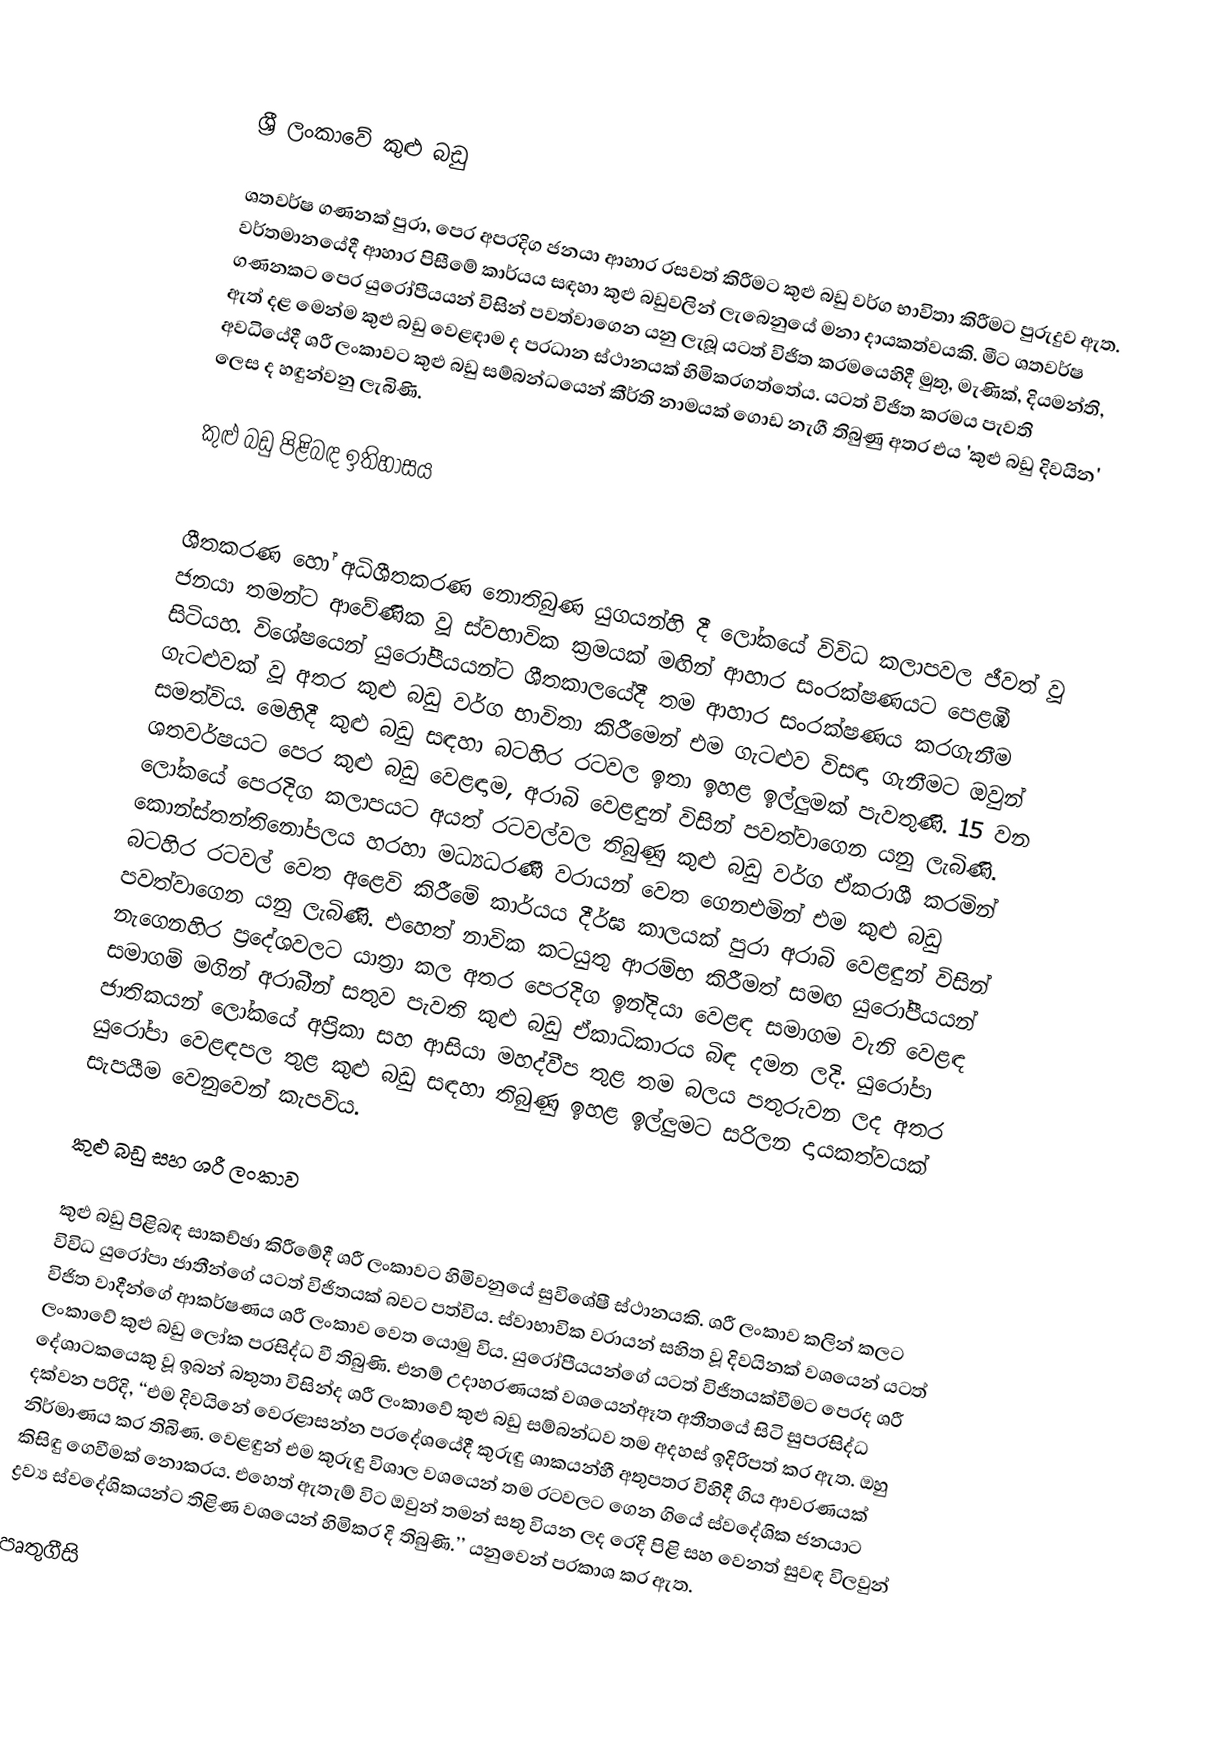

ශ‍්‍රී ලංකාවේ කුළු බඩු

ශතවර්ෂ ගණනක් පුරා, පෙර අපරදිග ජනයා ආහාර රසවත් කිරීමට කුළු බඩු වර්ග භාවිතා කිරීමට පුරුදුව ඇත. වර්තමානයේදී ආහාර පිසීමේ කාර්යය සඳහා කුළු බඩුවලින් ලැබෙනුයේ මනා දායකත්වයකි. මීට ශතවර්ෂ ගණනකට පෙර යුරෝපීයයන් විසින් පවත්වාගෙන යනු ලැබූ යටත් විජිත ක‍්‍රමයෙහිදී මුතු, මැණික්, දියමන්ති, ඇත් දළ මෙන්ම කුළු බඩු වෙළඳාම ද ප‍්‍රධාන ස්ථානයක් හිමිකරගත්තේය. යටත් විජිත ක‍්‍රමය පැවති අවධියේදී ශ‍්‍රී ලංකාවට කුළු බඩු සම්බන්ධයෙන් කීර්ති නාමයක් ගොඩ නැගී තිබුණු අතර එය 'කුළු බඩු දිවයින' ලෙස ද  හඳුන්වනු ලැබිණි.

කුළු බඩු පිළිබඳ ඉතිහාසය

‍
ශීතකරණ හෝ අධිශීතකරණ නොතිබුණ යුගයන්හි දී ලෝකයේ විවිධ කලාපවල ජීවත් වූ ජනයා තමන්ට ආවේණික වූ ස්වභාවික ක‍්‍රමයක් මඟින් ආහාර සංරක්ෂණයට පෙළඹී සිටියහ. විශේෂයෙන් යුරෝපීයයන්ට ශීතකාලයේදී තම ආහාර සංරක්ෂණය කරගැනීම ගැටළුවක් වූ අතර කුළු බඩු වර්ග භාවිතා කිරීමෙන් එම ගැටළුව විසඳා ගැනීමට ඔවුන් සමත්විය. මෙහිදී කුළු බඩු සඳහා බටහිර රටවල ඉතා ඉහළ ඉල්ලුමක් පැවතුණි. 15 වන ශතවර්ෂයට පෙර කුළු බඩු වෙළඳාම, අරාබි වෙළඳුන් විසින් පවත්වාගෙන යනු ලැබිණි. ලෝකයේ පෙරදිග කලාපයට අයත් රටවල්වල තිබුණු කුළු බඩු වර්ග ඒකරාශී කරමින් කොන්ස්තන්තිනෝපලය හරහා මධ්‍යධරණී වරායන් වෙත ගෙනඑමින් එම කුළු බඩු බටහිර රටවල් වෙත අළෙවි කිරීමේ කාර්යය දීර්ඝ කාලයක් පුරා අරාබි වෙළඳුන් විසින් පවත්වාගෙන යනු ලැබිණි. එ‍හෙත් නාවික කටයුතු ආරම්භ කිරීමත් සමඟ යුරෝපීයයන් නැගෙනහිර ප‍්‍රදේශවලට යාත‍්‍රා කල අතර පෙරදිග ඉන්දියා වෙළඳ සමාගම වැනි වෙළඳ සමාගම් මගින් අරාබීන් සතුව පැවති කුළු බඩු ඒකාධිකාරය බිඳ දමන ලදි. යුරෝපා ජාතිකයන් ලෝකයේ අප‍්‍රිකා සහ ආසියා මහද්වීප තුළ තම බලය පතුරුවන ලද අතර යුරෝපා වෙළඳපල තුළ කුළු බඩු සඳහා තිබුණු ඉහළ ඉල්ලුමට සරිලන දායකත්වයක් සැපයීම වෙනුවෙන් කැපවිය.

කුළු බඩු සහ ශ‍්‍රී ලංකාව

කුළු බඩු පිළිබඳ සාකච්ඡා කිරීමේදී ශ‍්‍රී ලංකාවට හිමිවනුයේ සුවිශේෂී ස්ථානයකි. ශ‍්‍රී ලංකාව කලින් කලට විවිධ යුරෝපා ජාතීන්ගේ යටත් විජිතයක් බවට පත්විය. ස්වාභාවික වරායන් සහිත වූ දිවයිනක් වශයෙන් යටත් විජිත වාදීන්ගේ ආකර්ෂණය ශ‍්‍රී ලංකාව වෙත යොමු විය. යුරෝපීයයන්ගේ යටත් විජිතයක්වීමට පෙරද ශ‍්‍රී ලංකාවේ කුළු බඩු ලෝක ප‍්‍රසිද්ධ වී තිබුණි. එනම් උදාහරණයක් වශයෙන්ඈත අතීතයේ සිටි සුප‍්‍රසිද්ධ දේශාටකයෙකු වූ ඉබන් බතුතා විසින්ද ශ‍්‍රී ලංකාවේ කුළු බඩු සම්බන්ධව තම අදහස් ඉදිරිපත් කර ඇත. ඔහු දක්වන පරිදි, ‘‘එම දිවයිනේ වෙරළාසන්න ප‍්‍රදේශයේදී කුරුඳු ශාකයන්හී අතුපතර විහිදී ගිය ආවරණයක් නිර්මාණය කර තිබිණ. වෙළඳුන් එම කුරුඳු විශාල වශයෙන් තම රටවලට ගෙන ගියේ ස්වදේශික ජනයාට කිසිඳු ගෙවීමක් නොකරය. එහෙත් ඇතැම් විට ඔවුන් තමන් සතු වියන ලද රෙදි පිළි සහ වෙනත් සුවඳ විලවුන් ද්‍රව්‍ය ස්වදේශිකයන්ට තිළිණ වශයෙන් හිමිකර දි තිබුණි.’’ යනුවෙන් ප‍්‍රකාශ කර ඇත.

පෘතුගීසි